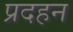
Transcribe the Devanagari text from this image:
प्रदहन